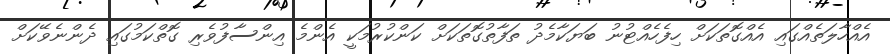
އެއްހާލަތެއްގައި އެއްގޮތަކަށް ހިފެހެއްޓުނު ބަޔަކާމެދު ތަފާތުގޮތަކަށް ކަންކުރުމަކީ އެންމެ އިންސާފުވެރި ގޮތްކަމުގައި ދެންނެވޭކަށް